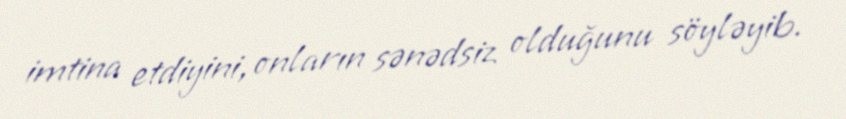
imtina etdiyini, onların sənədsiz olduğunu söyləyib.